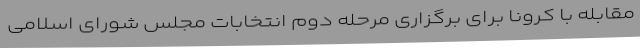
مقابله با کرونا برای برگزاری مرحله دوم انتخابات مجلس شورای اسلامی